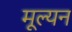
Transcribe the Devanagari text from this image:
मूल्‍यन